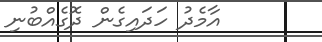
އާމެދު ހަދައިގެން ދޮގެއްބުނި